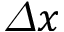
\varDelta x